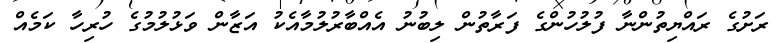
ރަށުގެ ރައްޔިތުންނާާ ފުލުހުންގެ ފަރާތުން ލިބުނު އެއްބާރުލުމާއެކު އަޒާން ވަޅުލުމުގެ ހުރިހާ ކަމެއް